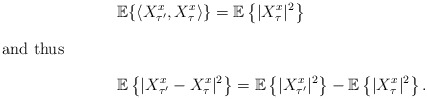
\begin{align*} &\mathbb{E}\{\langle X^{x}_{\tau'}, X^{x}_{\tau}\rangle\} = \mathbb{E}\left\{ |X_{\tau}^{x}|^2\right\} \\ \intertext{and thus } &\mathbb{E}\left\{ | X^{x}_{\tau'}- X^{x}_{\tau}|^2 \right\} = \mathbb{E}\left\{ |X^{x}_{\tau'}|^2\right\} - \mathbb{E}\left\{ |X^{x}_{\tau}|^2\right\}. \end{align*}